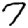
Digit: 7